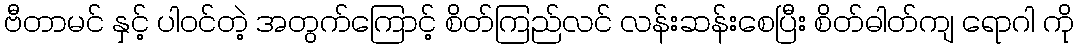
ဗီတာမင် နှင့် ပါဝင်တဲ့ အတွက်ကြောင့် စိတ်ကြည်လင် လန်းဆန်းစေပြီး စိတ်ဓါတ်ကျ ရောဂါ ကို